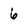
Character: 6